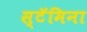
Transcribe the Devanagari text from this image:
स्टॅमिना